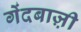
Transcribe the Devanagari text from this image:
गेंदबाज़़ी